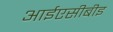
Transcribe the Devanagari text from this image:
आईएसीबीइ